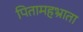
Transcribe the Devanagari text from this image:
पितामहभ्राता